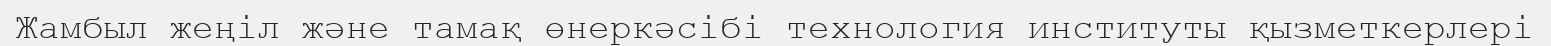
Жамбыл жеңіл және тамақ өнеркәсібі технология институты қызметкерлері